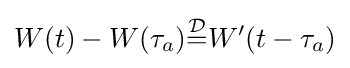
W(t)-W(\tau _{a}){\overset {\mathcal {D}}{=}}W'(t-\tau _{a})